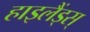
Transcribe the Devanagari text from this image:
हाइलैंड्स्